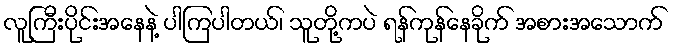
လူကြီးပိုင်းအနေနဲ့ ပါကြပါတယ်၊ သူတို့ကပဲ ရန်ကုန်နေခိုက် အစားအသောက်